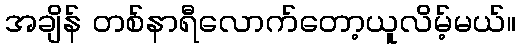
အချိန် တစ်နာရီလောက်တော့ယူလိမ့်မယ်။